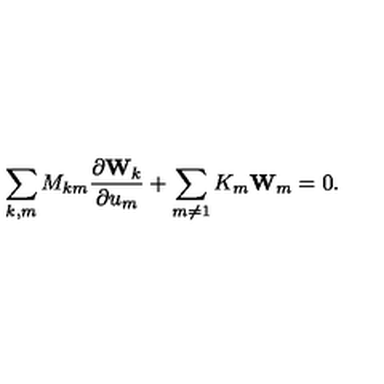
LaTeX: \sum _ { k , m } M _ { k m } \frac { \partial { \bf W } _ { k } } { \partial u _ { m } } + \sum _ { m \ne 1 } K _ { m } { \bf W } _ { m } = 0 .